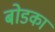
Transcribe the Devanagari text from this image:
बोडका